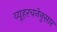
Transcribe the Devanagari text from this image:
व्यूहरचनेनुसार